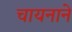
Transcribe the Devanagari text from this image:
चायनाने